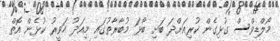
މޯލްޑިވްސް ގުޅިގެން ކުރިއަށްދަ ބަށި ބޯޅަ މުބާރާތުގައި މިއަދު ހަވީރު ކުޅެން އޮތް